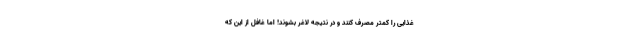
غذایی را کمتر مصرف کنند و در نتیجه لاغر بشوند! اما غافل از این که